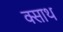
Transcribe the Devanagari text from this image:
क्साथ